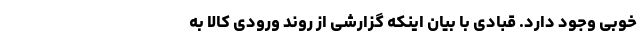
خوبی وجود دارد. قبادی با بیان اینکه گزارشی از روند ورودی کالا به